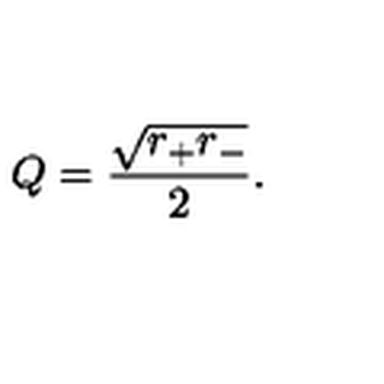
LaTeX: Q = { \frac { \sqrt { r _ { + } r _ { - } } } { 2 } } .